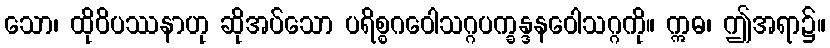
သော၊ ထိုဝိပဿနာဟု ဆိုအပ်သော ပရိစ္စဂဝေါသဂ္ဂပက္ခန္ဒနဝေါသဂ္ဂကို။ ဣဓ၊ ဤအရာ၌။